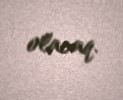
olacaq.